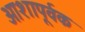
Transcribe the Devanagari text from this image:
आशापूर्वक